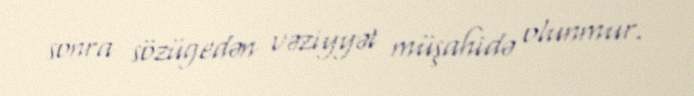
sonra sözügedən vəziyyət müşahidə olunmur.